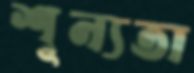
শূন্যতা